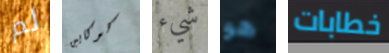
لم كوكايين شيء هو خطابات